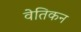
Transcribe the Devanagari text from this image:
वेतिकन